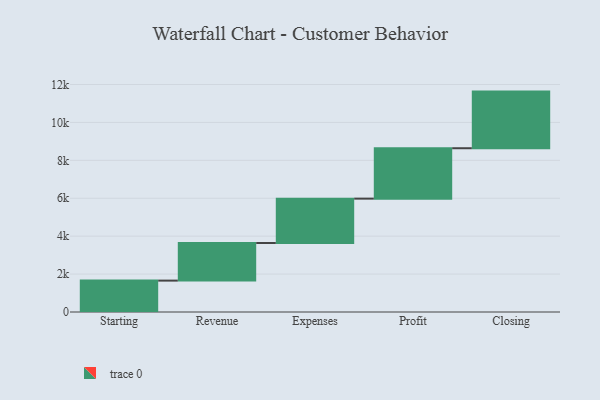
{"axis": {"x": "Step", "y": "Value"}, "legend": [""], "data": [{"x": "Starting", "y": 1656.0, "type": ""}, {"x": "Revenue", "y": 1984.0, "type": ""}, {"x": "Expenses", "y": 2340.0, "type": ""}, {"x": "Profit", "y": 2659.0, "type": ""}, {"x": "Closing", "y": 2987.0, "type": ""}]}